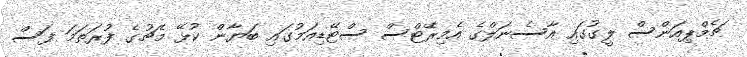
ޗެމްޕިއަންސް ލީގުގައި އާސެނަލްގެ އެމިރޭޓްސް ސްޓޭޑިއަމުގައި ބަޔާން ކުޅޭ މެޗުގެ ފުރަތަމަ ފަސް